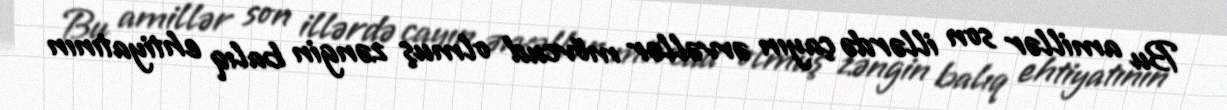
Bu amillər son illərdə çayın əvvəllər mövcud olmuş zəngin balıq ehtiyatının